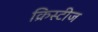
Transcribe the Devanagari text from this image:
क्रिस्टीज